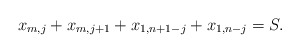
\begin{align*} x_{m,j} + x_{m,j+1} + x_{1,n+1-j} + x_{1,n-j} = S.\end{align*}